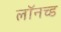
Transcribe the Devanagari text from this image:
लॉनच्ड